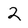
Character: 2